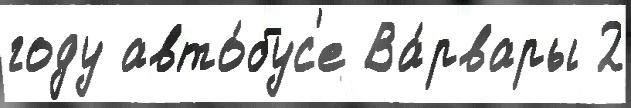
году авто́бус'е Ва́рвары 2